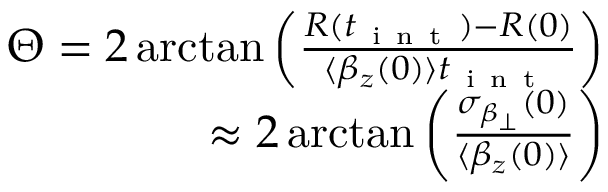
\begin{array} { r } { \Theta = 2 \arctan \left( \frac { R ( t _ { \mathrm { ~ i ~ n ~ t ~ } } ) - R ( 0 ) } { \langle \beta _ { z } ( 0 ) \rangle t _ { \mathrm { ~ i ~ n ~ t ~ } } } \right) } \\ { \approx 2 \arctan \left( \frac { \sigma _ { \beta _ { \perp } } ( 0 ) } { \langle \beta _ { z } ( 0 ) \rangle } \right) } \end{array}